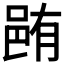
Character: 𨚼